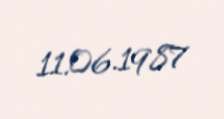
11.06.1987